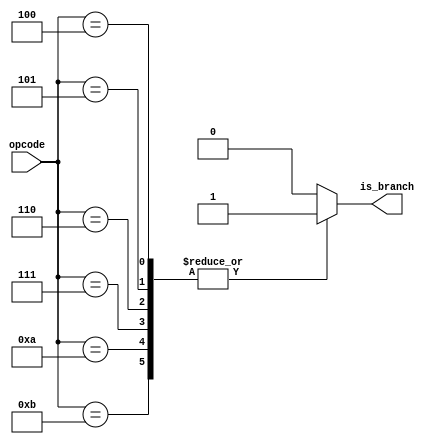

module branch_detector(
    input [5:0] opcode, 
    output reg is_branch
);

localparam BEQ   = 6'b000100;
localparam BNE   = 6'b000101;
localparam BLT   = 6'b000110;  // New opcode for BLT
localparam BGE   = 6'b000111;  // New opcode for BGE
localparam BLE   = 6'b001010;  // New opcode for BLE
localparam BGT   = 6'b001011;  // New opcode for BGT


always @(*) begin
    case (opcode)
        BEQ, BNE, BLT, BGE, BLE, BGT: is_branch = 1'b1;
        default: is_branch = 1'b0;
    endcase
end

endmodule